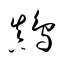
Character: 鷏